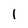
Character: l